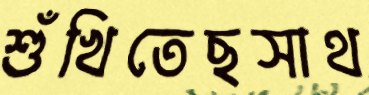
শুঁখিতেছসাথ